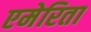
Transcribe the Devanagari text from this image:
एमेरिता